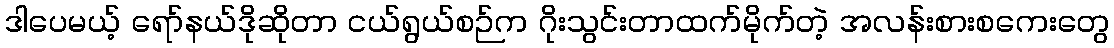
ဒါပေမယ့် ရော်နယ်ဒိုဆိုတာ ငယ်ရွယ်စဉ်က ဂိုးသွင်းတာထက်မိုက်တဲ့ အလန်းစားစကေးတွေ